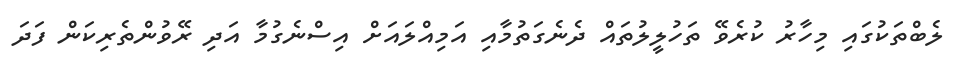
ލެބްތަކުގައި މިހާރު ކުރެވޭ ތަހުލީލުތައް ދެނެގަތުމާއި އަމިއްލައަށް އިސްނެގުމާ އަދި ރޭވުންތެރިކަން ފަދަ